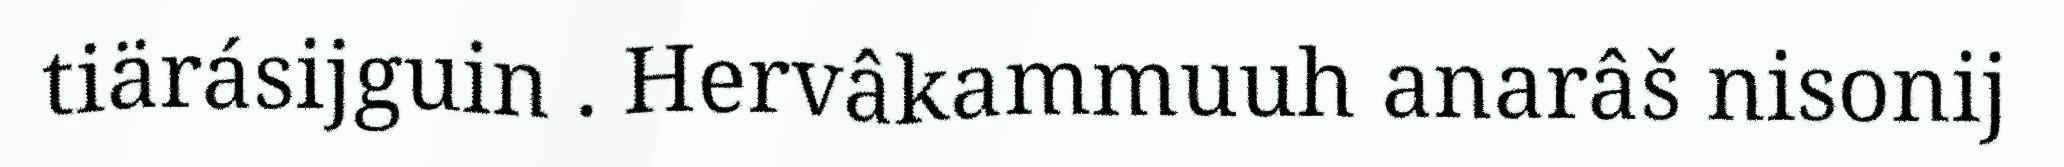
tiärásijguin . Hervâkammuuh anarâš nisonij